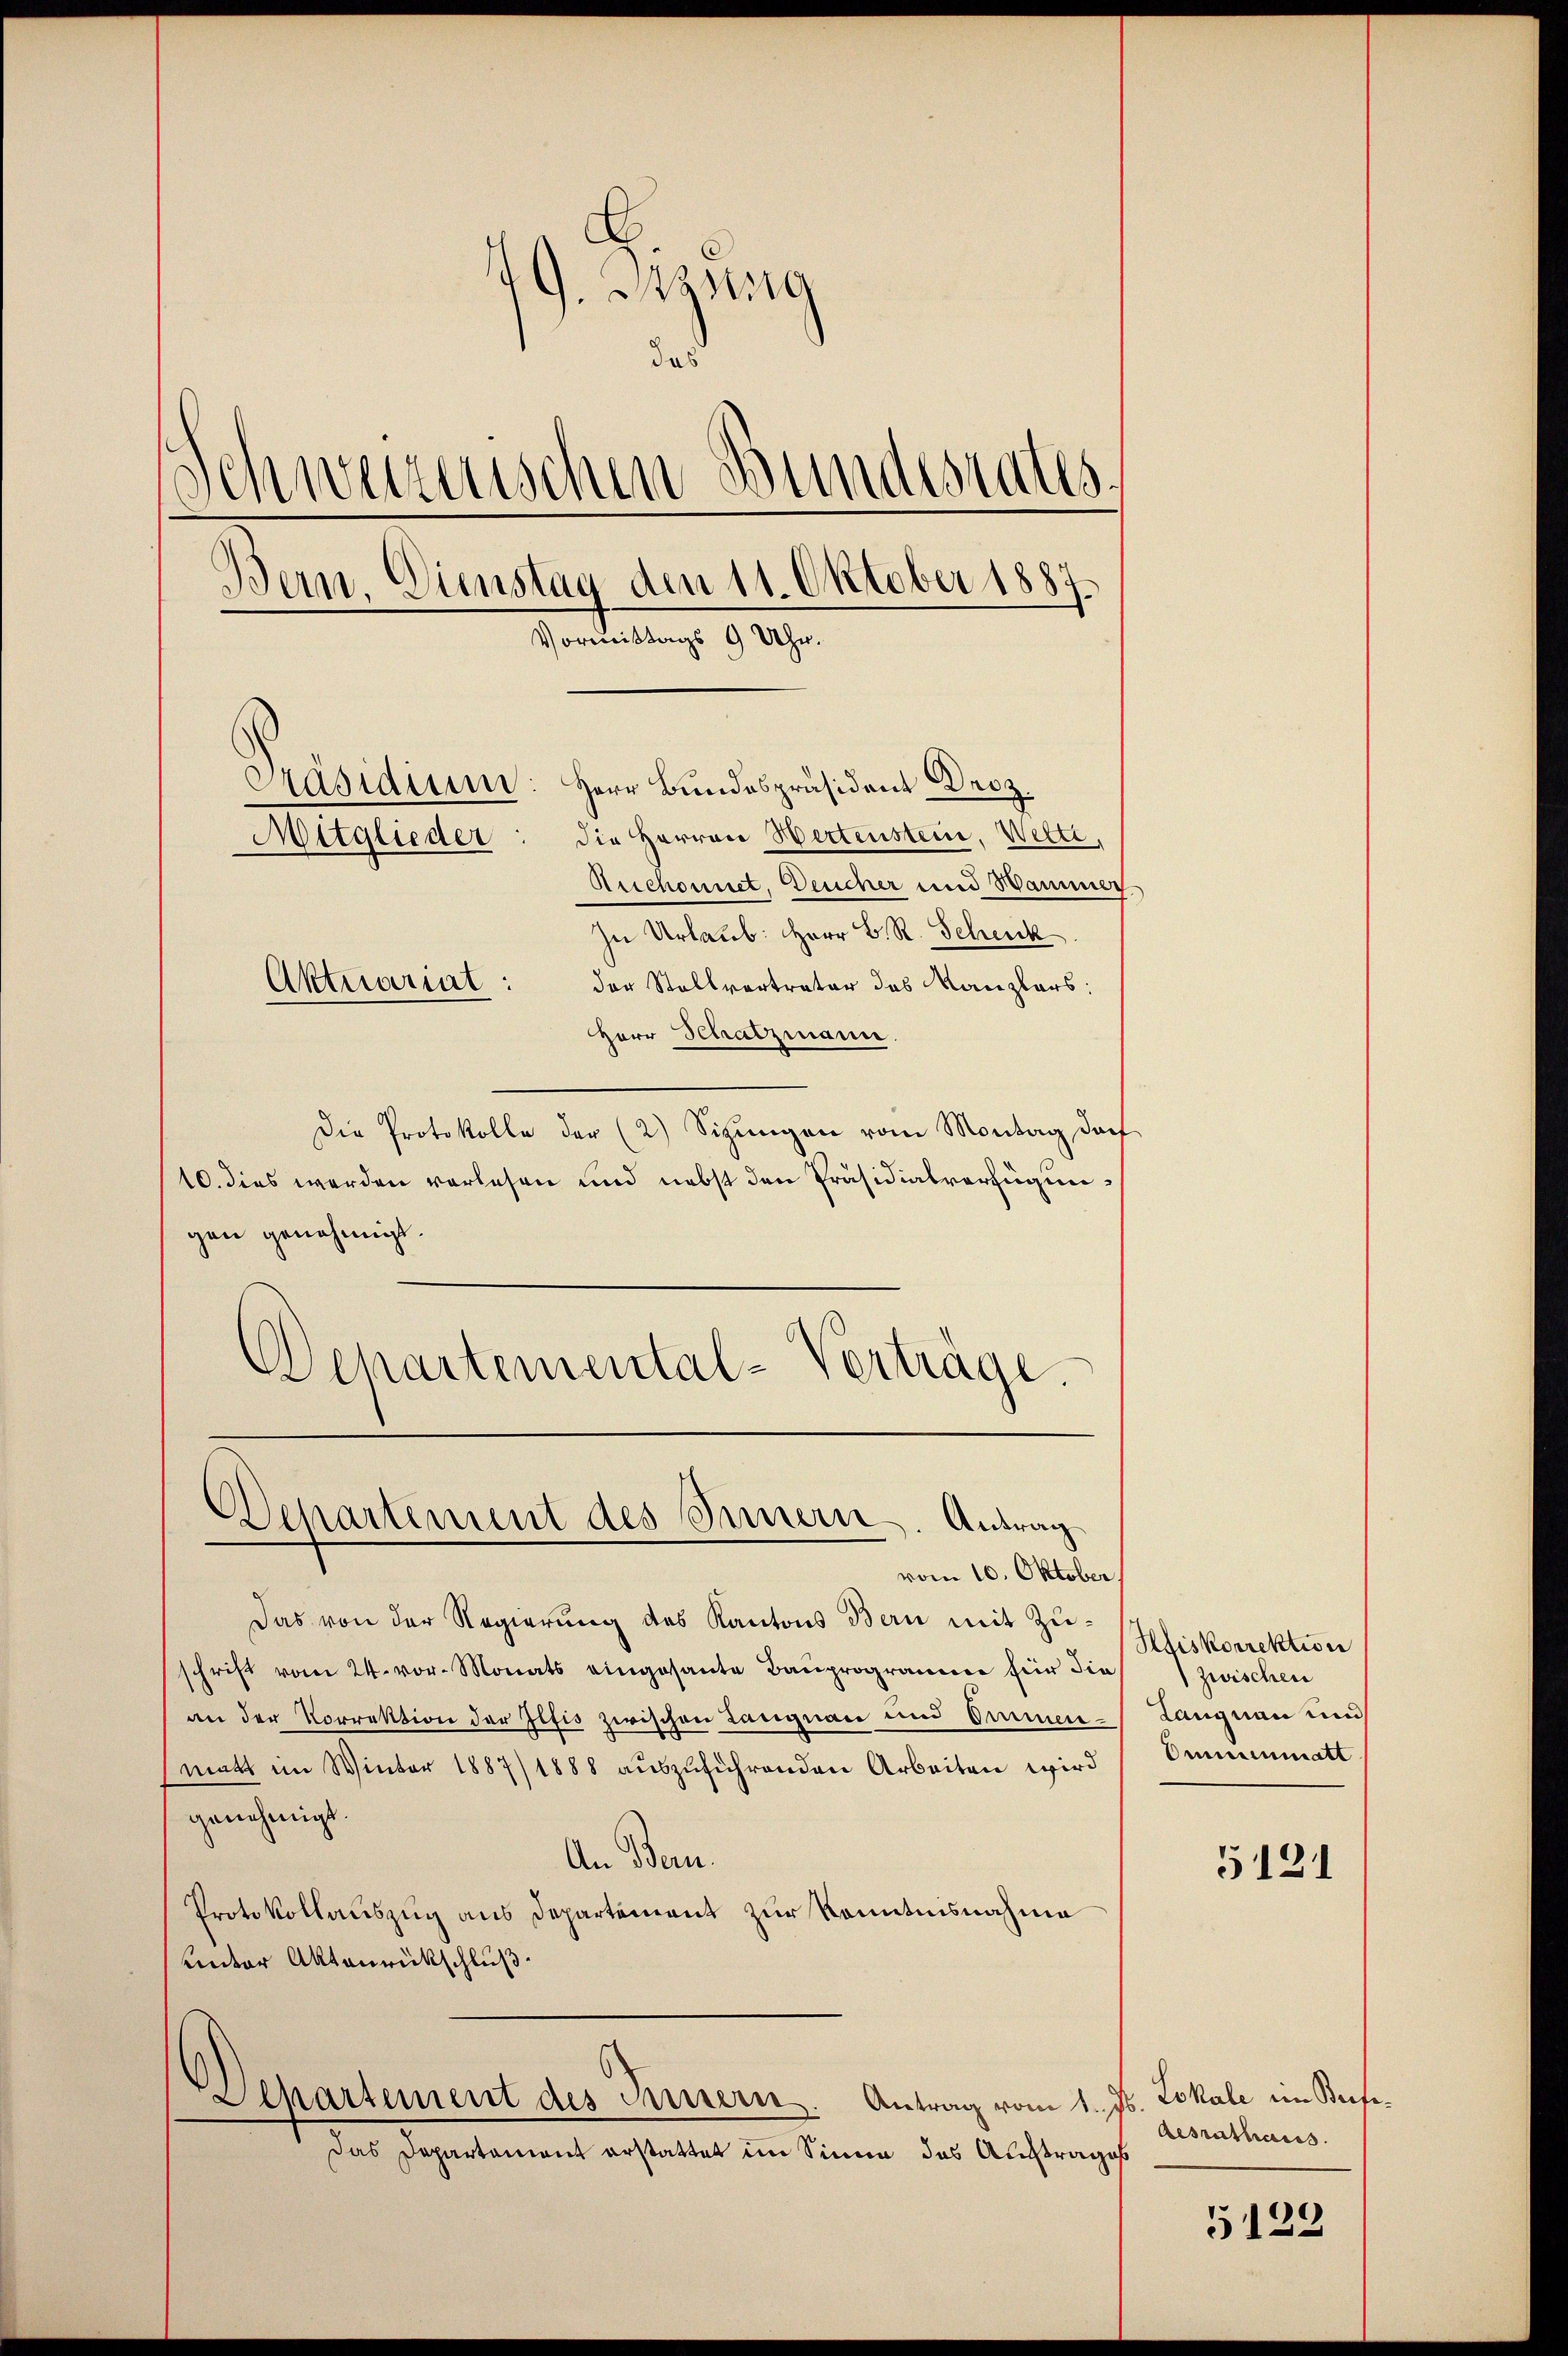
49. Sizung
das
Schweizerischen Bundesrates
Bern. Dienstag den 11. Oktober 1887.
Vormittags 9 Uhr.
Präsiditum: Herr Bundespräsident Droz.
Mitglieder: die Herren Hertenstein, Welti,
Auchonnet, Deucher und Hammer
In Urlaub. Herr B. R. Schenk
Aktuariat:
der Stallvertrater das Kanzlers:
Herr Schatzmann.

Die Protokolle der (2) Sigŭngen vom Montag das
10. dies werden vorlesen und nebst den Präsidialverfügungen genehmigt.
Departemental-Verträge.

Das von der Regierung des Kantons Bern mit Zuschrift vom 24. vor. Monats eingesante Bauprogramm für die
an der Korrektion der Iltis zwischen Langnaue und Armenmatt im Winter 1887/1888 aŭszŭführenden Arbeiten wird
genehmigt.
An Bern.
Protokollauszug aus Departement zur Kenntnisnahme
unter Aktenrückschluß
Departement des Innern. Antrag vom 1. Js. Lokale im Bete¬
Das Departament erstattet im Sinne das Auftrages

Departement des Innern. Antrag
vom 10. Oktober

Hiskorrektion
zwischen
Langnau und
Omnenmatt

5121

Aesrathaus.

5122